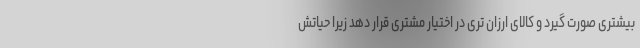
بیشتری صورت گیرد و کالای ارزان تری در اختیار مشتری قرار دهد زیرا حیاتش